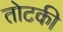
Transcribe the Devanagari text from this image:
तोटकी